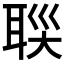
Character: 𦕯